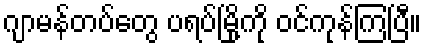
ဂျာမန်တပ်တွေ ပရပ်မြို့ကို ဝင်ကုန်ကြပြီ။